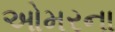
ઓમરના